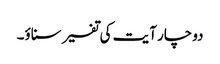
دوچار آیت کی تفسیر سناؤ۔